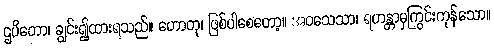
ဌပိတော၊ ချွင်း၍ထားရသည်။ ဟောတု၊ ဖြစ်ပါစေတော့။ အဝသေသာ၊ ရဟန္တာမှကြွင်းကုန်သော။